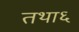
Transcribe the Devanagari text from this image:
तथा६